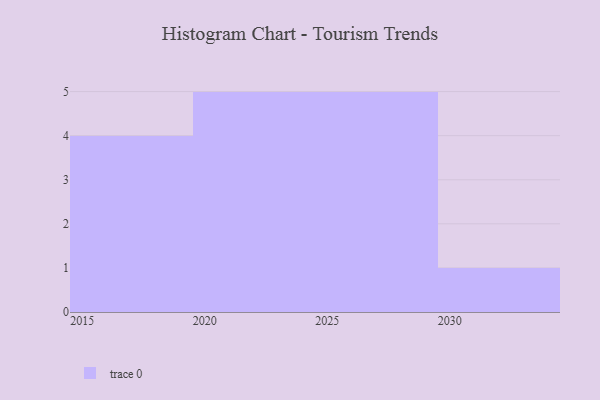
{"axis": {"x": "Year", "y": "LTV (USD)"}, "legend": [""], "data": [{"x": "2024", "y": 28, "type": ""}, {"x": "2016", "y": 84, "type": ""}, {"x": "2017", "y": 74, "type": ""}, {"x": "2027", "y": 70, "type": ""}, {"x": "2019", "y": 44, "type": ""}, {"x": "2021", "y": 100, "type": ""}, {"x": "2022", "y": 25, "type": ""}, {"x": "2029", "y": 47, "type": ""}, {"x": "2026", "y": 11, "type": ""}, {"x": "2025", "y": 57, "type": ""}, {"x": "2020", "y": 89, "type": ""}, {"x": "2030", "y": 7, "type": ""}, {"x": "2018", "y": 3, "type": ""}, {"x": "2023", "y": 86, "type": ""}, {"x": "2028", "y": 94, "type": ""}]}